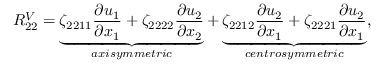
R _ { 2 2 } ^ { V } = \underbrace { \zeta _ { 2 2 1 1 } \frac { \partial u _ { 1 } } { \partial x _ { 1 } } + \zeta _ { 2 2 2 2 } \frac { \partial u _ { 2 } } { \partial x _ { 2 } } } _ { a x i s y m m e t r i c } + \underbrace { \zeta _ { 2 2 1 2 } \frac { \partial u _ { 2 } } { \partial x _ { 1 } } + \zeta _ { 2 2 2 1 } \frac { \partial u _ { 2 } } { \partial x _ { 1 } } } _ { c e n t r o s y m m e t r i c } ,